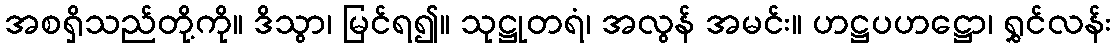
အစရှိသည်တို့ကို။ ဒိသွာ၊ မြင်ရ၍။ သုဋ္ဌုတရံ၊ အလွန် အမင်း။ ဟဋ္ဌပဟဋ္ဌော၊ ရွှင်လန်း